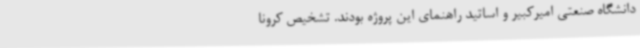
دانشگاه صنعتی امیرکبیر و اساتید راهنمای این پروژه بودند. تشخیص کرونا